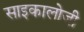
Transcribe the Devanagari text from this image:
साइकालोजी